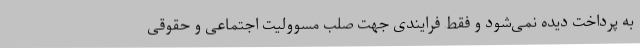
به پرداخت دیده نمی‌شود و فقط فرایندی جهت صلب مسوولیت اجتماعی و حقوقی